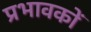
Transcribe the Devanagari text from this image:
प्रभावकों